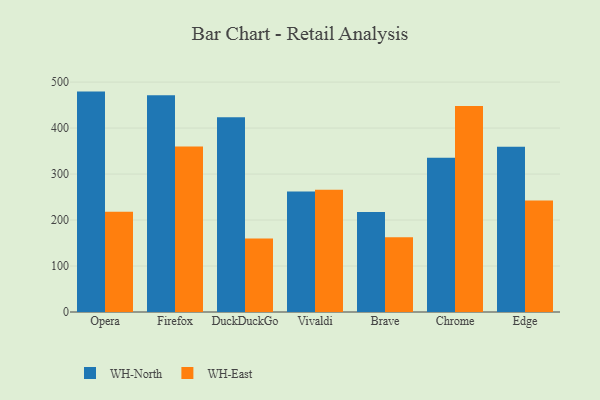
{"axis": {"x": "Browser", "y": "Churn Rate (%)"}, "legend": ["WH-East", "WH-North"], "data": [{"x": "Opera", "y": 479.3, "type": "WH-North"}, {"x": "Opera", "y": 218.2, "type": "WH-East"}, {"x": "Firefox", "y": 471.2, "type": "WH-North"}, {"x": "Firefox", "y": 360.1, "type": "WH-East"}, {"x": "DuckDuckGo", "y": 423.5, "type": "WH-North"}, {"x": "DuckDuckGo", "y": 159.9, "type": "WH-East"}, {"x": "Vivaldi", "y": 261.9, "type": "WH-North"}, {"x": "Vivaldi", "y": 265.9, "type": "WH-East"}, {"x": "Brave", "y": 217.2, "type": "WH-North"}, {"x": "Brave", "y": 162.6, "type": "WH-East"}, {"x": "Chrome", "y": 335.5, "type": "WH-North"}, {"x": "Chrome", "y": 447.8, "type": "WH-East"}, {"x": "Edge", "y": 359.4, "type": "WH-North"}, {"x": "Edge", "y": 242.5, "type": "WH-East"}]}